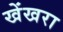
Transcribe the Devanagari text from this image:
खेंखरा